Report on enteric fever
Disease focus: Fever
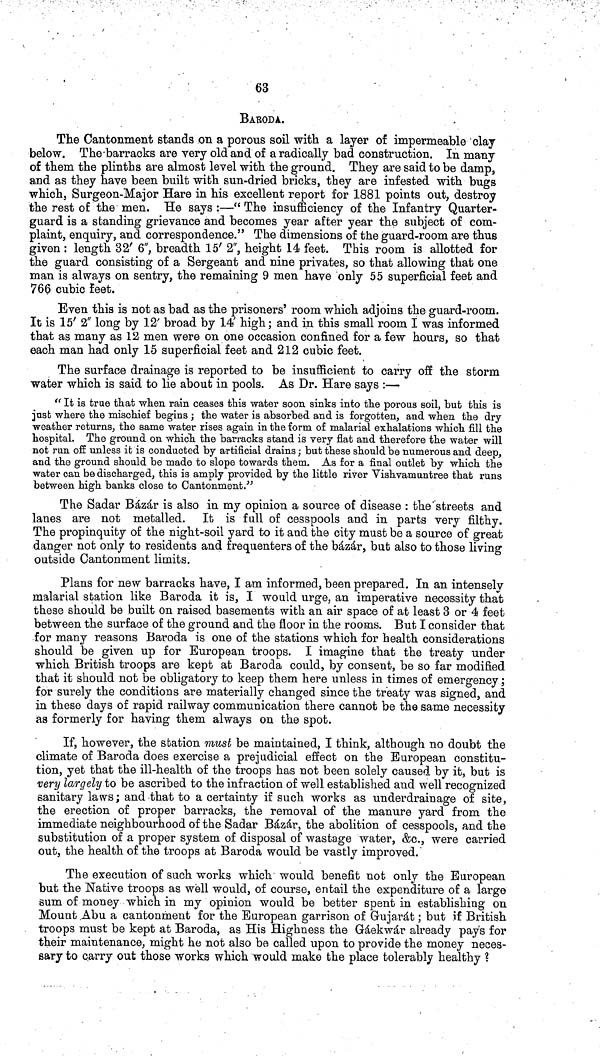
63
BARODA.
The Cantonment stands on a porous soil with a layer of impermeable clay
below. The barracks are very old and of a radically bad construction. In many
of them the plinths are almost level with the ground. They are said to be damp,
and as they have been built with sun dried bricks, they are infested with bugs
which, Surgeon Major Hare in his excellent report for 1881 points out, destroy
the rest of the men. He says :—" The insufficiency of the Infantry Quarter
guard is a standing grievance and becomes year after year the subject of com-
plaint, enquiry, and correspondence." The dimensions of the guard room are thus
given : length 32' 6", breadth 15' 2", height 14 feet. This room is allotted for
the guard consisting of a Sergeant and nine privates, so that allowing that one
man is always on sentry, the remaining 9 men have only 55 superficial feet and
766 cubic feet.
Even this is not as bad as the prisoners' room which adjoins the guard room.
It is 15' 2" long by 12' broad by 14' high; and in this small room. I was informed
that as many as 12 men were on one occasion confined for a few hours, so that
each man had only 15 superficial feet and 212 cubic feet.
The surface drainage is reported to be insufficient to carry off the storm
water which is said to lie about in pools. As Dr. Hare says :—
" It is true that when rain ceases this water soon sinks into the porous soil, but this is
just where the mischief begins; the water is absorbed and is forgotten, and when the dry
weather returns, the same water rises again in the form of malarial exhalations which fill the
hospital. The ground on which the barracks stand is very flat and therefore the water will
not run off unless it is conducted by artificial drains; but these should be numerous and deep,
and the ground should be made to slope towards them. As for a final outlet by which the
water can be discharged, this is amply provided by the little river Vishvamuntree that runs
between high banks close to Cantonment."
The Sadar Bázár is also in my opinion a source of disease : the streets and
lanes are not metalled. It is full of cesspools and in parts very filthy.
The propinquity of the night soil yard to it and the city must be a source of great
danger not only to residents and frequenters of the bázár, but also to those living
outside Cantonment limits.
Plans for new barracks have, I am informed, been prepared. In an intensely
malarial station like Baroda it is, I would urge, an imperative necessity that
these should be built on raised basements with an air space of at least 3 or 4 feet
between the surface of the ground and the floor in the rooms. But I consider that
for many reasons Baroda is one of the stations which for health considerations
should be given up for European troops. I imagine that the treaty under
which British troops are kept at Baroda could, by consent, be so far modified
that it should not be obligatory to keep them here unless in times of emergency;
for surely the conditions are materially changed since the treaty was signed, and
in these days of rapid railway communication there cannot be the same necessity
as formerly for having them always on the spot.
If, however, the station must be maintained, I think, although no doubt the
climate of Baroda does exercise a prejudicial effect on the European constitu-
tion, yet that the ill health of the troops has not been solely caused by it, but is
very largely to be ascribed to the infraction of well established and well recognized
sanitary laws; and that to a certainty if such works as underdrainage of site,
the erection of proper barracks, the removal of the manure yard from the
immediate neighbourhood of the Sadar Bázár, the abolition of cesspools, and the
substitution of a proper system of disposal of wastage water, &c., were carried
out, the health of the troops at Baroda would be vastly improved.
The execution of such works which would benefit not only the European
but the Native troops as well would, of course, entail the expenditure of a large
sum of money which in my opinion would be better spent in establishing on
Mount Abu a cantonment for the European garrison of Gujarát; but if British
troops must be kept at Baroda, as His Highness the Gáekwár already pays for
their maintenance, might he not also be called upon to provide the money neces-
sary to carry out those works which would make the place tolerably healthy \?\